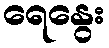
ရေနွေး